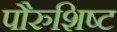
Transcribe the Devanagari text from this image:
पौरुशिष्ट